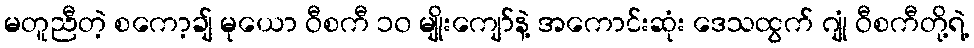
မတူညီတဲ့ စကော့ချ် မုယော ဝီစကီ ၁၀ မျိုးကျော်နဲ့ အကောင်းဆုံး ဒေသထွက် ဂျုံ ဝီစကီတို့ရဲ့